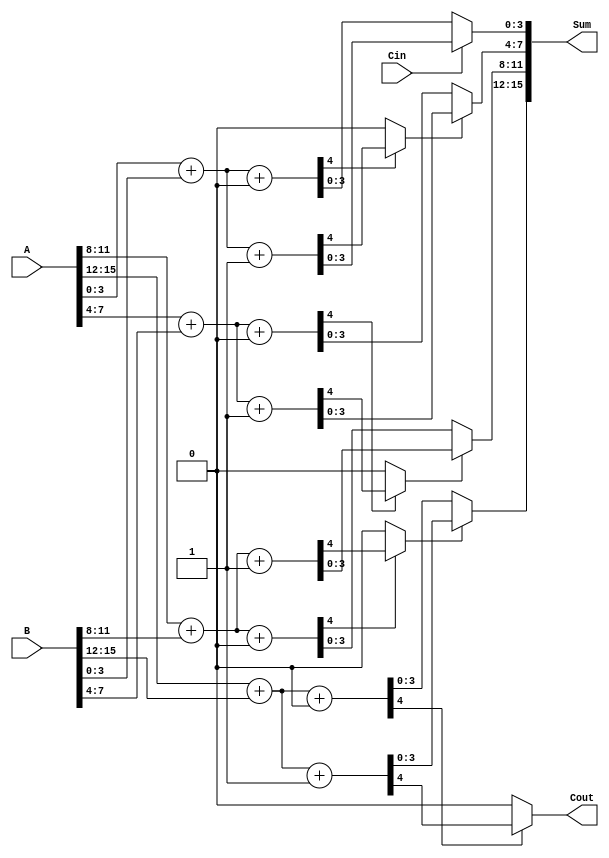
module DynamicCarrySelectAdder #(
    parameter N = 16,  // Total bit-width (should be even)
    parameter M = 4    // Block size (should be even and <= N)
)(
    input [N-1:0] A,     // First operand
    input [N-1:0] B,     // Second operand
    input Cin,           // Carry-in
    output [N-1:0] Sum,  // Sum output
    output Cout          // Carry-out
);

    localparam NUM_BLOCKS = N / M;
    
    wire [NUM_BLOCKS-1:0] carry0, carry1;  // Carry-out for each block
    wire [NUM_BLOCKS-1:0] sum0[NUM_BLOCKS-1:0], sum1[NUM_BLOCKS-1:0]; // Sums for both carry scenarios
    wire [NUM_BLOCKS-1:0] carry_select;  // Carry select for multiplexing
        
    genvar i;
    generate
        for (i = 0; i < NUM_BLOCKS; i = i + 1) begin : block
            wire [M-1:0] A_block = A[M*i +: M];
            wire [M-1:0] B_block = B[M*i +: M];
            wire Cin_block = (i == 0) ? Cin : carry_select[i-1];
            
            // Calculate sums and carries for both scenarios
            assign {carry0[i], sum0[i]} = A_block + B_block + 1'b0;  // Carry-in = 0
            assign {carry1[i], sum1[i]} = A_block + B_block + 1'b1;  // Carry-in = 1
            
            // Mux to select the sum and carry-out based on the carry-in
            if (i == 0) begin
                assign carry_select[i] = Cin; // For the first block, select initial Cin
            end else begin
                assign carry_select[i] = carry0[i-1] ? carry1[i-1] : carry0[i-1];
            end
        end
    endgenerate

    // Combine sums from each block
    generate
        for (i = 0; i < NUM_BLOCKS; i = i + 1) begin : sum_combination
            assign Sum[M*i +: M] = carry_select[i] ? sum1[i] : sum0[i];
        end
    endgenerate

    // Final carry-out from the last block
    assign Cout = carry0[NUM_BLOCKS-1] ? carry1[NUM_BLOCKS-1] : carry0[NUM_BLOCKS-1];

endmodule